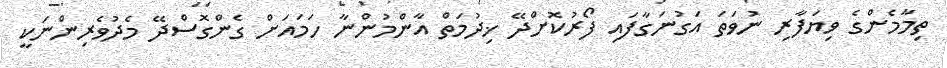
ތިމާމެންގެ ވިޔަފާރި ނުވަތަ އަގުނަގާފައި ފޯރުކޮށްދޭ ޚިދުމަތް އާންމުންނާ ހަމައަށް ގެންގޮސްދޭ މެދުވެރިންނަކީ